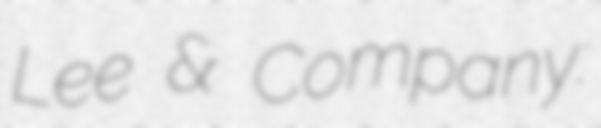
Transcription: Lee & Company: